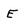
Character: E